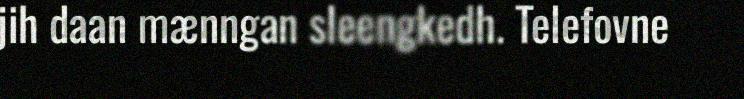
jih daan mænngan sleengkedh. Telefovne